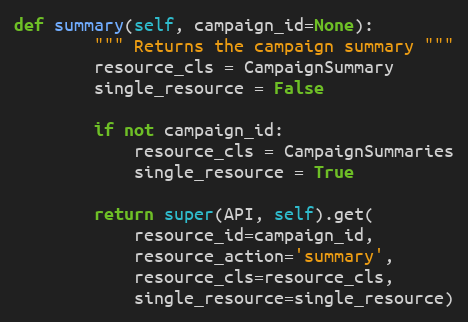
Language: Python
def summary(self, campaign_id=None):
        """ Returns the campaign summary """
        resource_cls = CampaignSummary
        single_resource = False

        if not campaign_id:
            resource_cls = CampaignSummaries
            single_resource = True

        return super(API, self).get(
            resource_id=campaign_id,
            resource_action='summary',
            resource_cls=resource_cls,
            single_resource=single_resource)